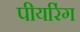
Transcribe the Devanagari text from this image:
पीयरिंग